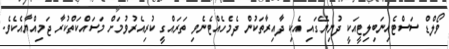
ވޯލްޑް ސަސްޓެއިނަބިލިޓީއަކީ ދުނިޔޭގައި އެކި ދާއިރާތަކުން ދެމެހެއްޓެނެވި ތަރައްގީ ކުރިއެރުވުމަށް މަސައްކަތްކުރާ ޖަމިއްޔާއެކެވެ.